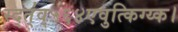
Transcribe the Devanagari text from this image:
स्द्त्॑व्५६४एवुत्किग्य्क।